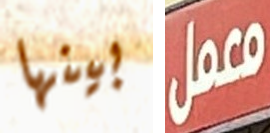
بينها معمل